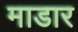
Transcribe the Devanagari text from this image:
माडार